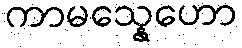
ကာမသ္နေဟော